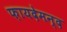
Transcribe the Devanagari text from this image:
फ़ायदेमन्द